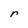
Character: r